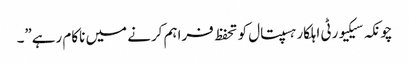
چونکہ سیکیورٹی اہلکار ہسپتال کو تحفظ فراہم کرنے میں ناکام رہے”۔